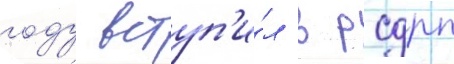
году вступ'и́л в рсдрп